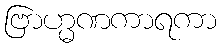
ဗြာဟ္မဏကာရကာ